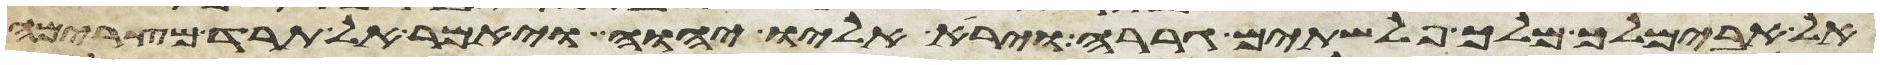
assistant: אל אבימלך מלך פלשתים גררה וירא אליו יהוה ויאמר אל תרד מצרימה